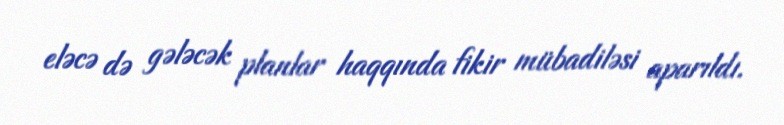
eləcə də gələcək planlar haqqında fikir mübadiləsi aparıldı.